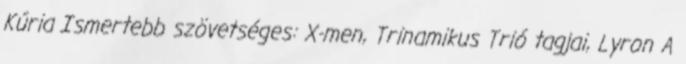
Kúria Ismertebb szövetséges: X-men, Trinamikus Trió tagjai, Lyron A